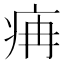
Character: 㾆